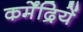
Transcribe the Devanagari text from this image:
कर्मेंद्रियें